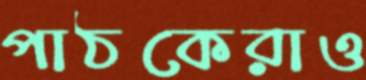
পাঠকেরাও